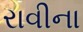
રાવીના